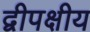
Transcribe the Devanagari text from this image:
द्वीपक्षीय